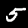
Label: 5